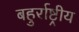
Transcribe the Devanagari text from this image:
बहुर्राष्ट्रीय